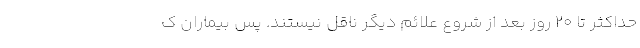
حداکثر تا ۲۰ روز بعد از شروع علائم دیگر ناقل نیستند. پس بیماران ک